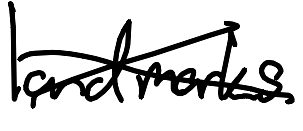
Text: landmarks
Cross-out: cross
Writing tool: digital_black